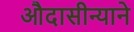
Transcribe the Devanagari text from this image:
औदासीन्याने